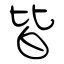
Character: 皆